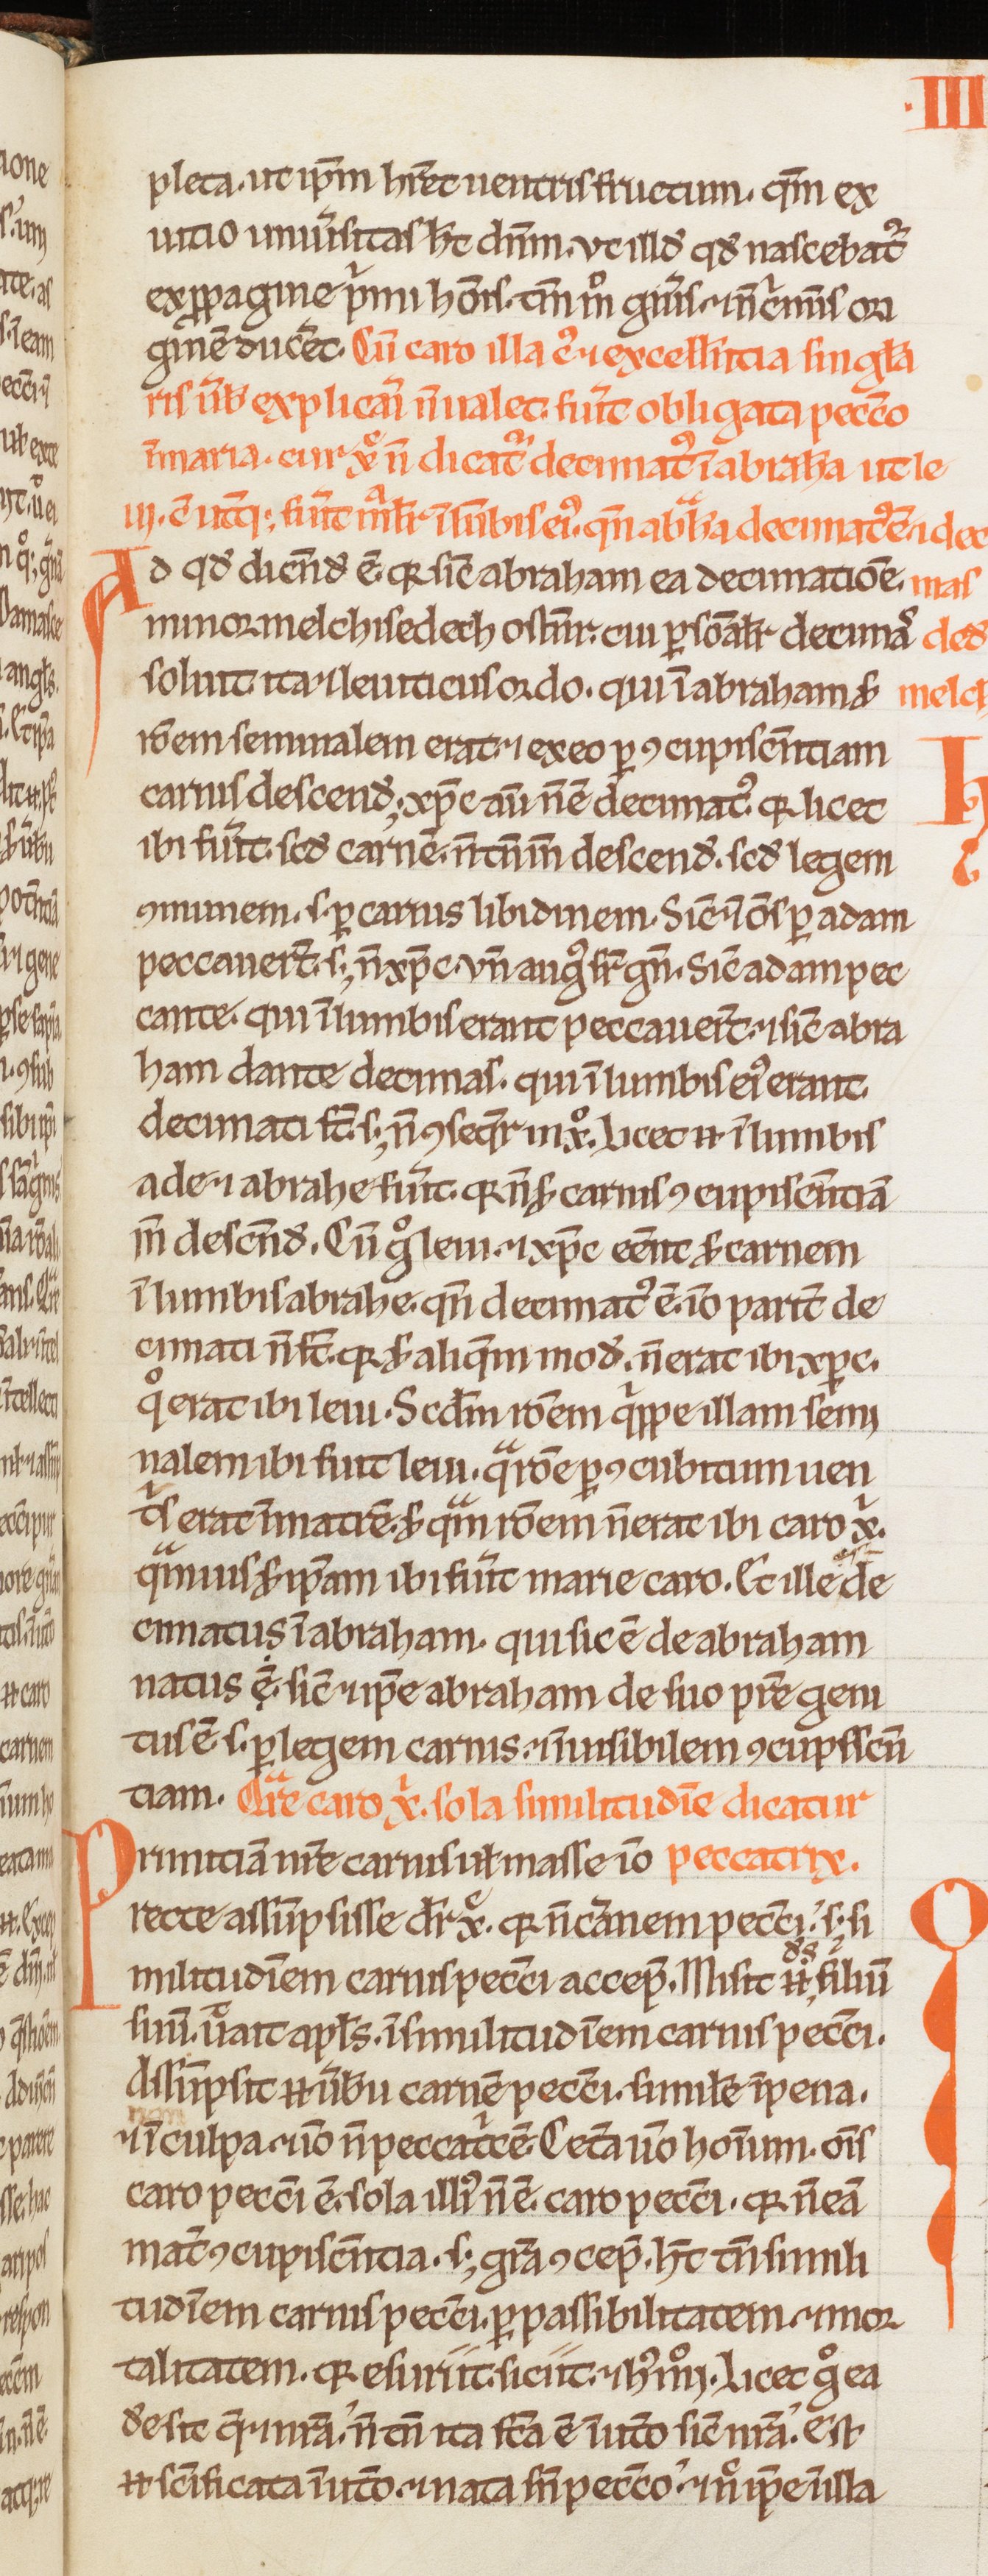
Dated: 1200–1230